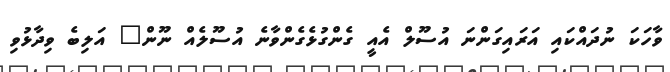
ވާހަކަ ނުދައްކައި އަރައިގަންނަ އުސޫލް އެއީ ގެންގުޅެގެންވާނެ އުސޫލެއް ނޫން" އަލިބެ ވިދާޅުވި